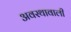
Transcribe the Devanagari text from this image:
अवस्थावाली